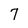
Character: 7